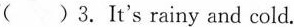
( )3. It's rainy and cold.